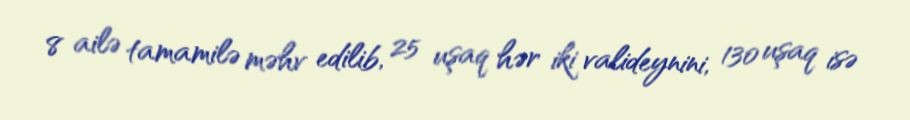
8 ailə tamamilə məhv edilib, 25 uşaq hər iki valideynini, 130 uşaq isə